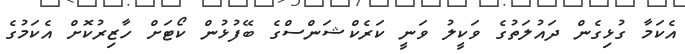
އެކަމާ ގުޅިގެން ދައުލަތުގެ ވަކީލު ވަނީ ކަރެކްޝަންސްގެ ބޭފުޅުން ކޯޓަށް ހާޒިރުކޮށް އެކަމުގެ